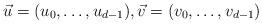
LaTeX: \begin{align*}\vec{u} = (u_0,\ldots, u_{d-1}) , \vec{v} = (v_0 , \ldots, v_{d-1})\end{align*}